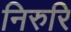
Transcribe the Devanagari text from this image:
निरुरि